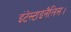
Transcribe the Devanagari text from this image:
इंटेस्टाइनैलिस।